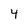
Character: 4